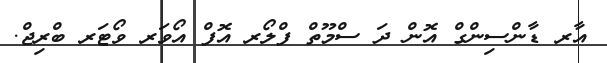
އާރ ޑާންސިންގް އޮން ދަ ސްމޫތް ފްލޯރ އޮފް އޯވަރ ވޯޓަރ ބްރިޖް.